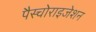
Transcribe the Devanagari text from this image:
पैस्चोराइजेशन